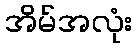
အိမ်အလုံး